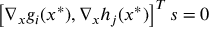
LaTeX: \left[ \nabla _ { x } g _ { i } ( x ^ { * } ) , \nabla _ { x } h _ { j } ( x ^ { * } ) \right] ^ { T } s = 0